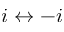
i \leftrightarrow - i